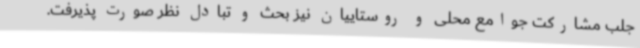
جلب مشارکت جوامع محلی و روستاییان نیز بحث و تبادل نظر صورت پذیرفت.